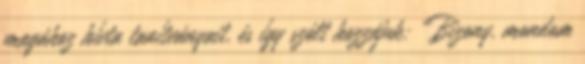
magához hívta tanítványait, és így szólt hozzájuk: „Bizony, mondom